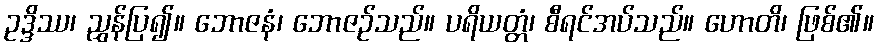
ဥဒ္ဒိဿ၊ ညွှန်ပြ၍။ ဘောဇနံ၊ ဘောဇဉ်သည်။ ပရိယတ္တံ၊ စီရင်အပ်သည်။ ဟောတိ၊ ဖြစ်၏။